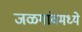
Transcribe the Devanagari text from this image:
जळगांवमध्ये